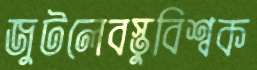
জুটলেবস্তুবিশ্বক